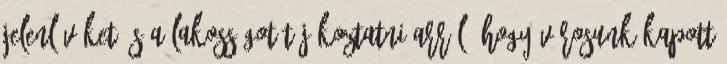
jelenlévőket és a lakosságot tájékoztatni arról, hogy városunk kapott